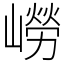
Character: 嶗